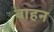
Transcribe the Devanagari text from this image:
बाहन